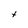
Character: t